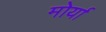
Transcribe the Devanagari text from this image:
मोर्या